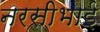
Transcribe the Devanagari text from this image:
नरसीभाई